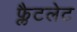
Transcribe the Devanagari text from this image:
फ्लैटलेट